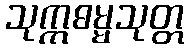
သုက္ကဓမ္မသုတ္တ